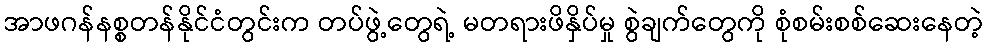
အာဖဂန်နစ္စတန်နိုင်ငံတွင်းက တပ်ဖွဲ့တွေရဲ့ မတရားဖိနှိပ်မှု စွဲချက်တွေကို စုံစမ်းစစ်ဆေးနေတဲ့